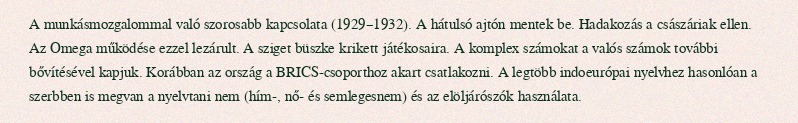
A munkásmozgalommal való szorosabb kapcsolata (1929–1932). A hátulsó ajtón mentek be. Hadakozás a császáriak ellen. Az Omega működése ezzel lezárult. A sziget büszke krikett játékosaira. A komplex számokat a valós számok további bővítésével kapjuk. Korábban az ország a BRICS-csoporthoz akart csatlakozni. A legtöbb indoeurópai nyelvhez hasonlóan a szerbben is megvan a nyelvtani nem (hím-, nő- és semlegesnem) és az elöljárószók használata.